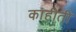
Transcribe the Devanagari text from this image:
काहीती